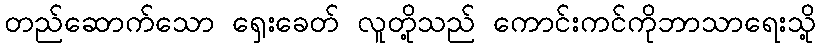
တည်ဆောက်သော ရှေးခေတ် လူတို့သည် ကောင်းကင်ကိုဘာသာရေးသို့